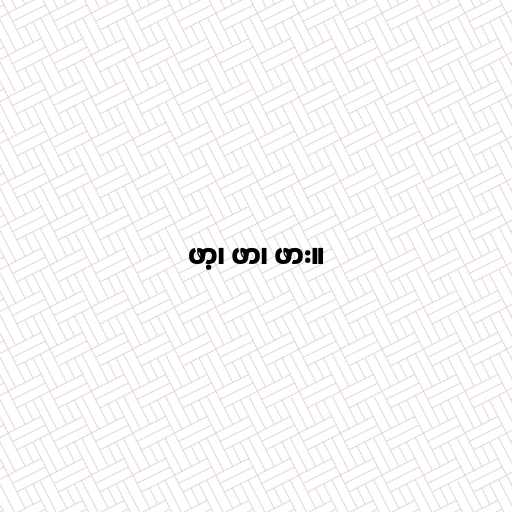
ဖာ့၊ ဖာ၊ ဖား။